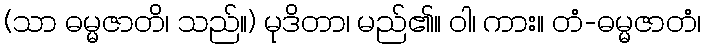
(သာ ဓမ္မဇာတိ၊ သည်။) မုဒိတာ၊ မည်၏။ ဝါ၊ ကား။ တံ-ဓမ္မဇာတံ၊